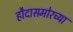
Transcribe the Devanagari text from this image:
हौदासमोरच्या